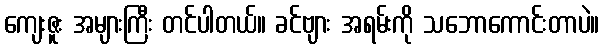
ကျေးဇူး အများကြီး တင်ပါတယ်။ ခင်ဗျား အရမ်းကို သဘောကောင်းတာပဲ။